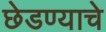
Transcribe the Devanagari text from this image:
छेडण्याचे